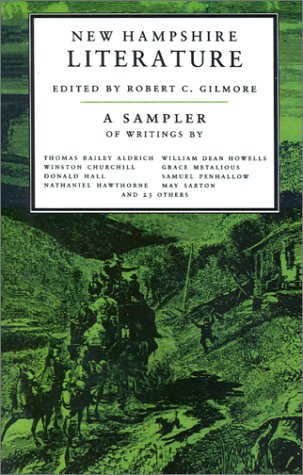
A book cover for New Hampshire Literature: A Sampler; Travel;